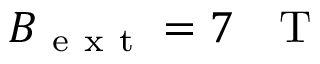
B _ { \mathrm { ~ e ~ x ~ t ~ } } = 7 \mathrm { ~ ~ ~ T ~ }